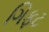
ગિફટ